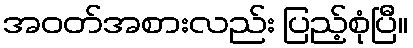
အဝတ်အစားလည်း ပြည့်စုံပြီ။